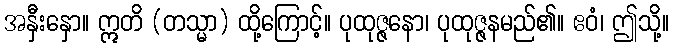
အနှီးနှော။ ဣတိ (တသ္မာ) ထို့ကြောင့်။ ပုထုဇ္ဇနော၊ ပုထုဇ္ဇနမည်၏။ ဧဝံ၊ ဤသို့။